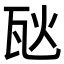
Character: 𪼸